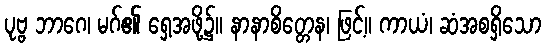
ပုဗ္ဗ ဘာဂေ၊ မဂ်၏ ရှေ့အဖို့၌။ နာနာစိတ္တေန၊ ဖြင့်။ ကာယံ၊ ဆံအစရှိသော